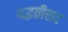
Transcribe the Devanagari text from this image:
पद्धतीसह